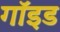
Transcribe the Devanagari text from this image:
गॉइड